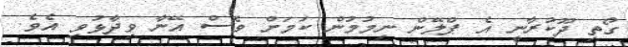
ގޯތި ދޫކުރާނީ އެ ޕްލޭން ނިމުމުން ކަމަށް ވެސް އޭނާ ވިދާޅުވި އެވެ.